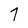
Character: 7